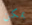
يمكن